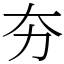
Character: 夯